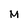
Character: M